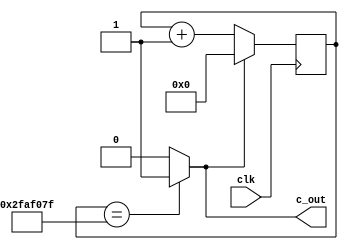
module m_prescale5M(input clk, output c_out);
	reg [25:0] cnt;
	wire wcout;
	
	assign wcout=(cnt==26'd49999999) ? 1'b1 : 1'b0;
	assign c_out=wcout;
	
	always @(posedge clk) begin
		if(wcout==1'b1)
			cnt=0;
		else
			cnt=cnt+1;
	end
endmodule